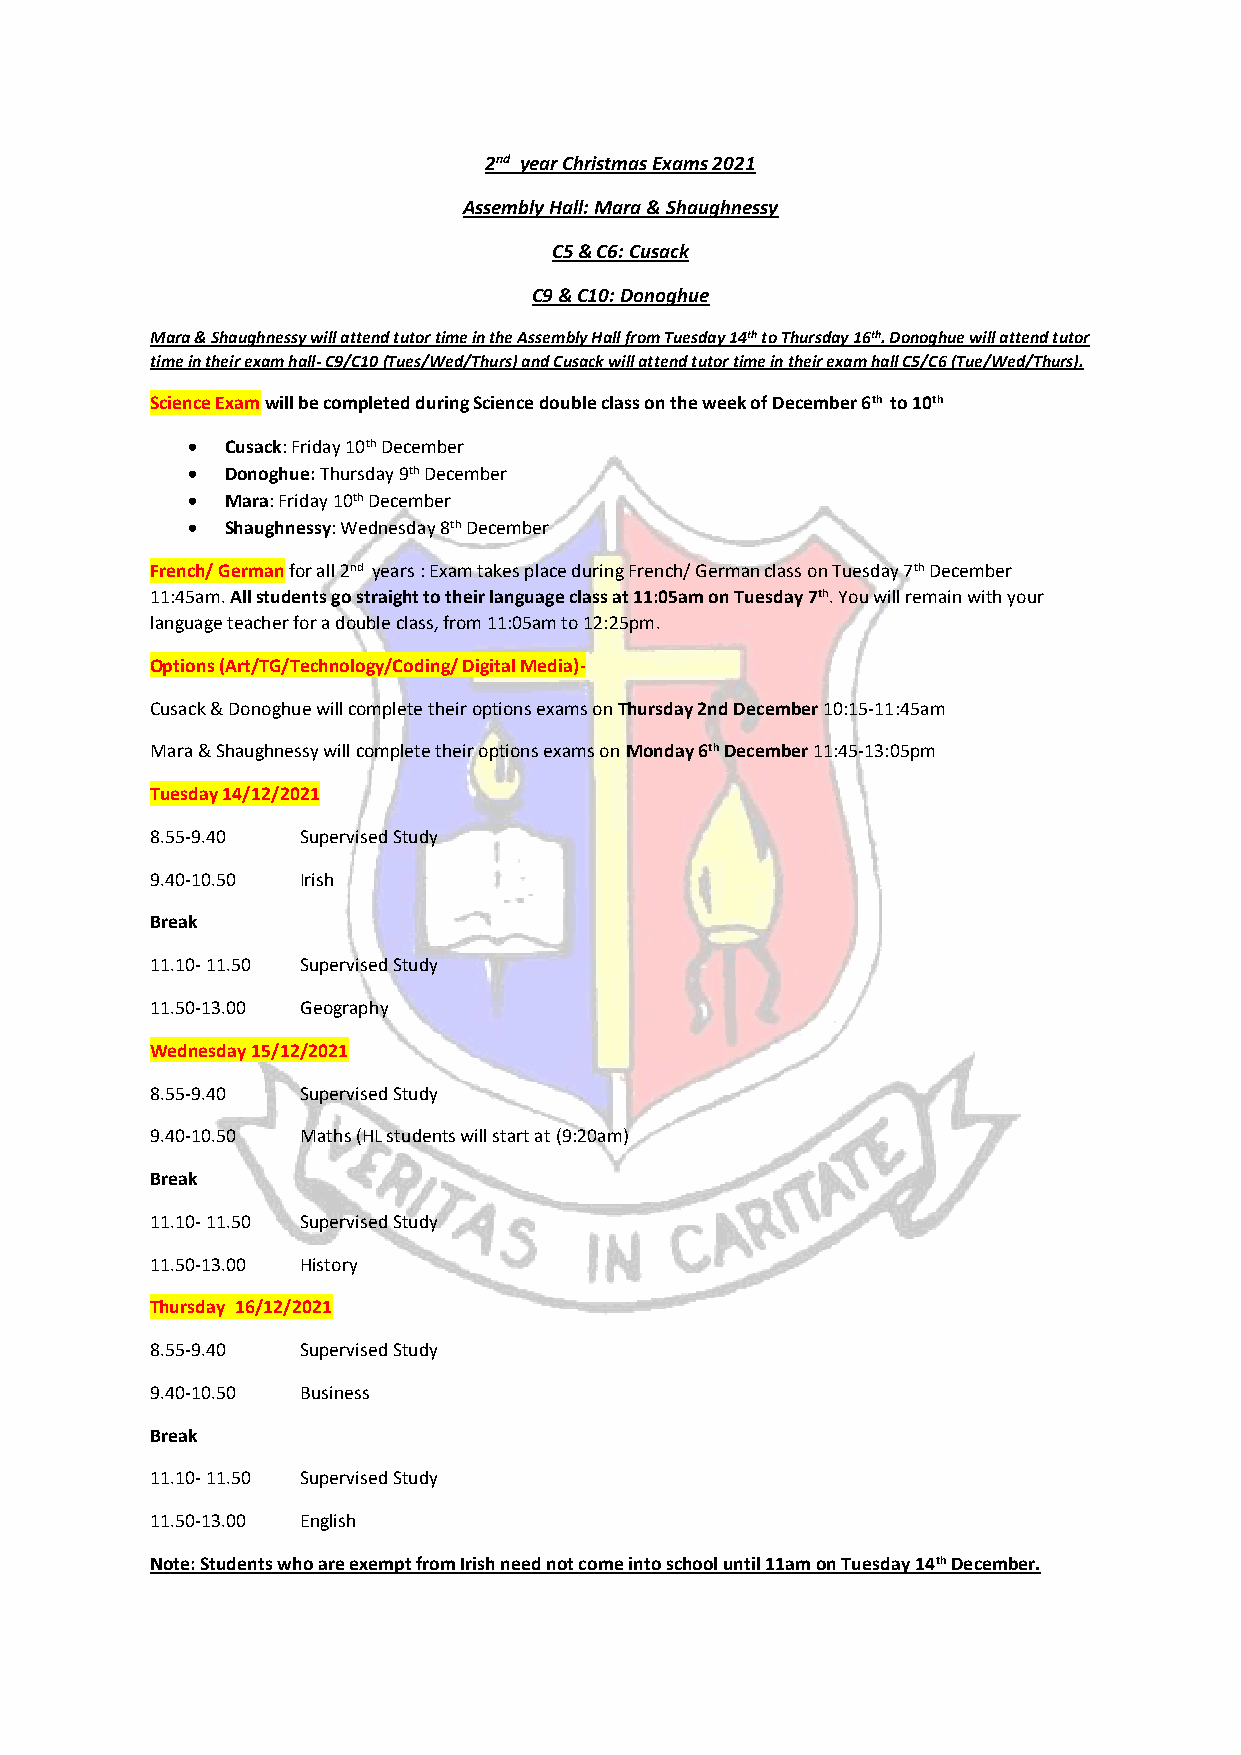
2nd year Christmas Exams 2021
 Assembly Hall: Mara & Shaughnessy
 C5 & C6: Cusack
 C9 & C10: Donoghue
 Mara & Shaughnessy will attend tutor time in the Assembly Hall from Tuesday 14th to Thursday 16th. Donoghue will attend tutor
 time in their exam hall- C9/C10 (Tues/Wed/Thurs) and Cusack will attend tutor time in their exam hall C5/C6 (Tue/Wed/Thurs).
 Science Exam will be completed during Science double class on the week of December 6th to 10th
   Cusack: Friday 10th December
   Donoghue: Thursday 9th December
   Mara: Friday 10th December
   Shaughnessy: Wednesday 8th December
 French/ German for all 2nd years : Exam takes place during French/ German class on Tuesday 7th December
 11:45am. All students go straight to their language class at 11:05am on Tuesday 7th. You will remain with your
 language teacher for a double class, from 11:05am to 12:25pm.
 Options (Art/TG/Technology/Coding/ Digital Media)-
 Cusack & Donoghue will complete their options exams on Thursday 2nd December 10:15-11:45am
 Mara & Shaughnessy will complete their options exams on Monday 6th December 11:45-13:05pm
 Tuesday 14/12/2021
 8.55-9.40 Supervised Study
 9.40-10.50 Irish
 Break
 11.10- 11.50 Supervised Study
 11.50-13.00 Geography
 Wednesday 15/12/2021
 8.55-9.40 Supervised Study
 9.40-10.50 Maths (HL students will start at (9:20am)
 Break
 11.10- 11.50 Supervised Study
 11.50-13.00 History
 Thursday 16/12/2021
 8.55-9.40 Supervised Study
 9.40-10.50 Business
 Break
 11.10- 11.50 Supervised Study
 11.50-13.00 English
 Note: Students who are exempt from Irish need not come into school until 11am on Tuesday 14th December.